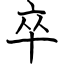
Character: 卒